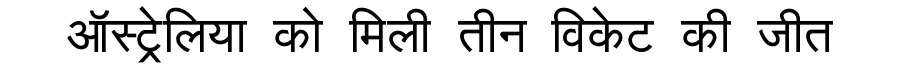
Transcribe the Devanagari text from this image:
ऑस्ट्रेलिया को मिली तीन विकेट की जीत